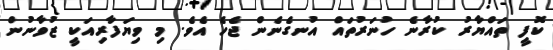
ކޮފީ ތައްޔާރު ކުރާނެ ހުނަރުތައް އުނގެނެން ޖެހެ އެވެ. މި ވިޔަފާރިއަކީ ޒުވާނުން